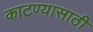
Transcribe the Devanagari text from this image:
काटण्यासाठी